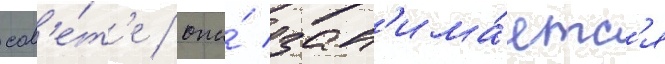
сов'е́т'е / она́ зан'има́етс'я